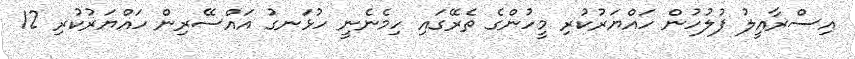
އިސްރާއީލު ފުލުހުން ހައްޔަރުކުރި މީހުންގެ ތެރޭގައި ހިމެނެނީ ހުޅަނގު އައްސޭރިން ހައްޔަރުކުރި 12